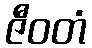
ဇီဝတံ